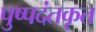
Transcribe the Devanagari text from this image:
पुष्पदंतकृत